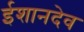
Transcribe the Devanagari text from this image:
ईशानदेव